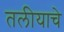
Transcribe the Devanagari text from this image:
तलीयाचे